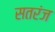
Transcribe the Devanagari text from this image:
सतरंज